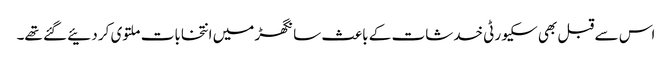
اس سے قبل بھی سکیورٹی خدشات کے باعث سانگھڑ میں انتخابات ملتوی کر دئیے گئے تھے۔